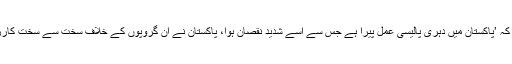
امریکی قومی سلامتی کے مشیر نے الزام لگایا کہ ’پاکستان میں دہری پالیسی عمل پیرا ہے جس سے اسے شدید نقصان ہوا، پاکستان نے ان گروپوں کے خلاف سخت سے سخت کارروائیاں کی لیکن وہ مخصوص سمت میں تھیں‘۔